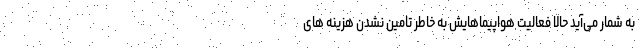
به شمار می‌آید حالا فعالیت هواپیماهایش به خاطر تامین نشدن هزینه های